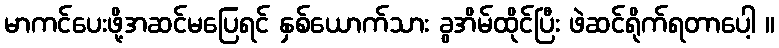
မာကင်ပေးဖို့အဆင်မပြေရင် နှစ်ယောက်သား ခွအိမ်ထိုင်ပြီး ဖဲဆင်ရိုက်ရတာပေါ့ ။